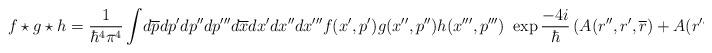
LaTeX: \begin{align*}f\star g \star h={1\over \hbar ^4 \pi^4}\int \! d\overline{p} dp' dp'' dp''' d\overline{x} dx' dx'' dx''' f(x',p') g(x'',p'') h(x''',p''') ~\exp {-4i\over \hbar} \left( A(r'', r',\overline{r})+A(r''', \overline{r}, r ) \right) ,\end{align*}